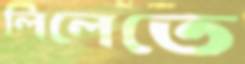
লিলেতে